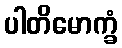
ပါတိမောက္ခံ